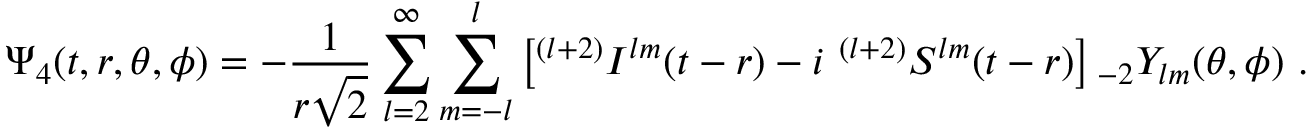
\Psi _ { 4 } ( t , r , \theta , \phi ) = - { \frac { 1 } { r { \sqrt { 2 } } } } \sum _ { l = 2 } ^ { \infty } \sum _ { m = - l } ^ { l } \left[ { } ^ { ( l + 2 ) } I ^ { l m } ( t - r ) - i \ { } ^ { ( l + 2 ) } S ^ { l m } ( t - r ) \right] { } _ { - 2 } Y _ { l m } ( \theta , \phi ) \ .